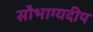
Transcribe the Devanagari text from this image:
सौभाग्यदीप